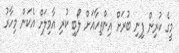
މީގެ ކުރިން ފިނި ބުރަށް އިންތިހާއަށް ލޯބި ކުރި އާމިލަށް އެކަން މިހާރު